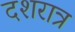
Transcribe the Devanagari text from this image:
दशरात्र